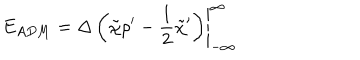
LaTeX: E _ { A D M } = \left. { \Delta } \left( \tilde { \chi } { \rho } ^ { \prime } - { \frac 1 2 } { \tilde { \chi } } ^ { \prime } \right) \right| _ { - \infty } ^ { \infty }